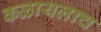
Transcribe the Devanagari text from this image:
कळायलाच